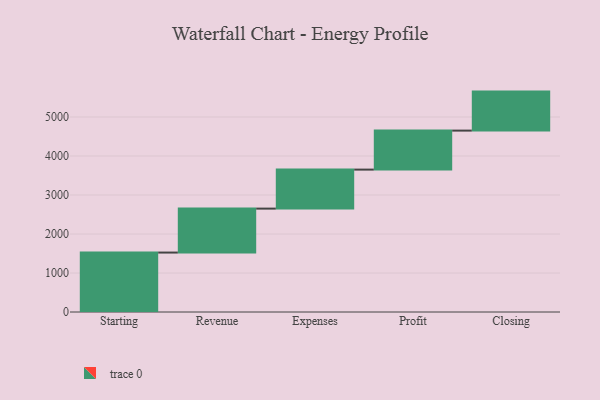
{"axis": {"x": "Step", "y": "Value"}, "legend": [""], "data": [{"x": "Starting", "y": 1524.0, "type": ""}, {"x": "Revenue", "y": 1127.0, "type": ""}, {"x": "Expenses", "y": 1000, "type": ""}, {"x": "Profit", "y": 1000, "type": ""}, {"x": "Closing", "y": 1000, "type": ""}]}